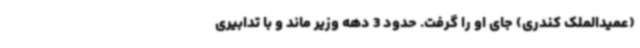
(عمیدالملک کندری) جای او را گرفت. حدود 3 دهه وزیر ماند و با تدابیری